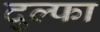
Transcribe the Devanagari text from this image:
दुल्‍फा